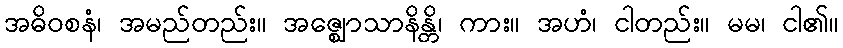
အဓိဝစနံ၊ အမည်တည်း။ အဇ္ဈောသာနိန္တိ၊ ကား။ အဟံ၊ ငါတည်း။ မမ၊ ငါ၏။